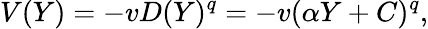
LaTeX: V(Y)=-vD(Y)^{q}=-v(\alpha Y+C)^{q},